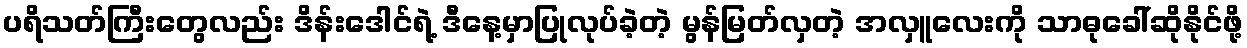
ပရိသတ်ကြီးတွေလည်း ဒိန်းဒေါင်ရဲ့ ဒီနေ့မှာပြုလုပ်ခဲ့တဲ့ မွန်မြတ်လှတဲ့ အလှူလေးကို သာဓုခေါ်ဆိုနိုင်ဖို့